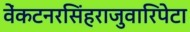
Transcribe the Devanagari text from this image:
वेंकटनरसिंहराजुवारिपेटा